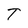
Character: T